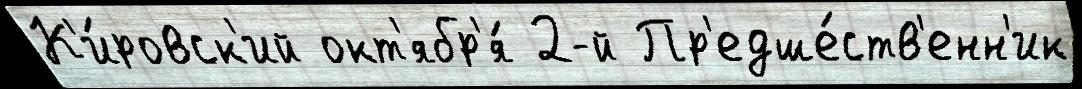
К'и́ровск'ий окт'ябр'я́ 2-й Пр'едше́ств'енн'ик